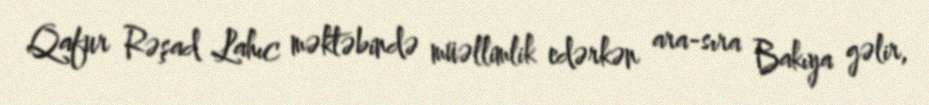
Qafur Rəşad Lahıc məktəbində müəllimlik edərkən ara-sıra Bakıya gəlir,